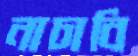
নাচাবি